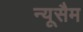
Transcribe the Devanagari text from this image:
न्यूसैम